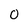
Character: 0